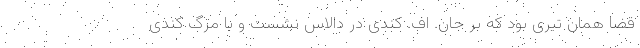
قضا همان تیری بود که بر جان. اف. کندی در دالاس نشست و با مرگ کندی